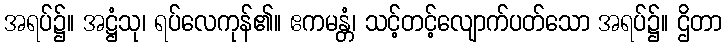
အရပ်၌။ အဋ္ဌံသု၊ ရပ်လေကုန်၏။ ဧကမန္တံ၊ သင့်တင့်လျောက်ပတ်သော အရပ်၌။ ဌိတာ